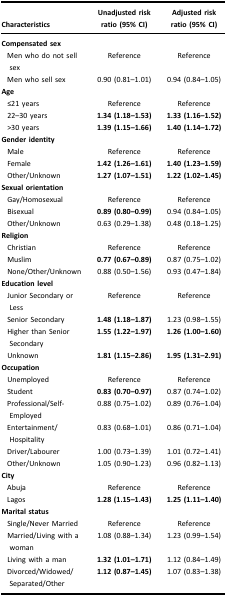
<table><thead><tr><td><b>Characteristics</b></td><td><b>Unadjusted risk ratio (95% CI)</b></td><td><b>Adjusted risk ratio (95% CI)</b></td></tr></thead><tbody><tr><td><b>Compensated sex</b></td><td>[EMPTY_CELL]</td><td>[EMPTY_CELL]</td></tr><tr><td>Men who do not sell sex</td><td>Reference</td><td>Reference</td></tr><tr><td>Men who sell sex</td><td>0.90 (0.81–1.01)</td><td>0.94 (0.84–1.05)</td></tr><tr><td><b>Age</b></td><td>[EMPTY_CELL]</td><td>[EMPTY_CELL]</td></tr><tr><td>≤21 years</td><td>Reference</td><td>Reference</td></tr><tr><td>22–30 years</td><td><b>1.34 (1.18–1.53)</b></td><td><b>1.33 (1.16–1.52)</b></td></tr><tr><td>&gt;30 years</td><td><b>1.39 (1.15–1.66)</b></td><td><b>1.40 (1.14–1.72)</b></td></tr><tr><td><b>Gender identity</b></td><td>[EMPTY_CELL]</td><td>[EMPTY_CELL]</td></tr><tr><td>Male</td><td>Reference</td><td>Reference</td></tr><tr><td>Female</td><td><b>1.42 (1.26–1.61)</b></td><td><b>1.40 (1.23–1.59)</b></td></tr><tr><td>Other/Unknown</td><td><b>1.27 (1.07–1.51)</b></td><td><b>1.22 (1.02–1.45)</b></td></tr><tr><td><b>Sexual orientation</b></td><td>[EMPTY_CELL]</td><td>[EMPTY_CELL]</td></tr><tr><td>Gay/Homosexual</td><td>Reference</td><td>Reference</td></tr><tr><td>Bisexual</td><td><b>0.89 (0.80–0.99)</b></td><td>0.94 (0.84–1.05)</td></tr><tr><td>Other/Unknown</td><td>0.63 (0.29–1.38)</td><td>0.48 (0.18–1.25)</td></tr><tr><td><b>Religion</b></td><td>[EMPTY_CELL]</td><td>[EMPTY_CELL]</td></tr><tr><td>Christian</td><td>Reference</td><td>Reference</td></tr><tr><td>Muslim</td><td><b>0.77 (0.67–0.89)</b></td><td>0.87 (0.75–1.02)</td></tr><tr><td>None/Other/Unknown</td><td>0.88 (0.50–1.56)</td><td>0.93 (0.47–1.84)</td></tr><tr><td><b>Education level</b></td><td>[EMPTY_CELL]</td><td>[EMPTY_CELL]</td></tr><tr><td>Junior Secondary or Less</td><td>Reference</td><td>Reference</td></tr><tr><td>Senior Secondary</td><td><b>1.48 (1.18–1.87)</b></td><td>1.23 (0.98–1.55)</td></tr><tr><td>Higher than Senior Secondary</td><td><b>1.55 (1.22–1.97)</b></td><td><b>1.26 (1.00–1.60)</b></td></tr><tr><td>Unknown</td><td><b>1.81 (1.15–2.86)</b></td><td><b>1.95 (1.31–2.91)</b></td></tr><tr><td><b>Occupation</b></td><td>[EMPTY_CELL]</td><td>[EMPTY_CELL]</td></tr><tr><td>Unemployed</td><td>Reference</td><td>Reference</td></tr><tr><td>Student</td><td><b>0.83 (0.70–0.97)</b></td><td>0.87 (0.74–1.02)</td></tr><tr><td>Professional/Self-Employed</td><td>0.88 (0.75–1.02)</td><td>0.89 (0.76–1.04)</td></tr><tr><td>Entertainment/Hospitality</td><td>0.83 (0.68–1.01)</td><td>0.86 (0.71–1.04)</td></tr><tr><td>Driver/Labourer</td><td>1.00 (0.73–1.39)</td><td>1.01 (0.72–1.41)</td></tr><tr><td>Other/Unknown</td><td>1.05 (0.90–1.23)</td><td>0.96 (0.82–1.13)</td></tr><tr><td><b>City</b></td><td>[EMPTY_CELL]</td><td>[EMPTY_CELL]</td></tr><tr><td>Abuja</td><td>Reference</td><td>Reference</td></tr><tr><td>Lagos</td><td><b>1.28 (1.15–1.43)</b></td><td><b>1.25 (1.11–1.40)</b></td></tr><tr><td><b>Marital status</b></td><td>[EMPTY_CELL]</td><td>[EMPTY_CELL]</td></tr><tr><td>Single/Never Married</td><td>Reference</td><td>Reference</td></tr><tr><td>Married/Living with a woman</td><td>1.08 (0.88–1.34)</td><td>1.23 (0.99–1.54)</td></tr><tr><td>Living with a man</td><td><b>1.32 (1.01–1.71)</b></td><td>1.12 (0.84–1.49)</td></tr><tr><td>Divorced/Widowed/Separated/Other</td><td><b>1.12 (0.87–1.45)</b></td><td>1.07 (0.83–1.38)</td></tr></tbody></table>